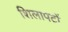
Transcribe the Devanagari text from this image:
शिलापटों